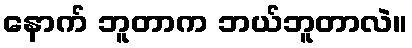
နောက် ဘူတာက ဘယ်ဘူတာလဲ။